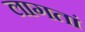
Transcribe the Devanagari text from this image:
लागतां